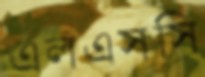
এলএসসি